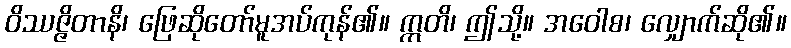
ဝိဿဇ္ဇိတာနိ၊ ဖြေဆိုတော်မူအပ်ကုန်၏။ ဣတိ၊ ဤသို့။ အဝေါစ၊ လျှောက်ဆို၏။